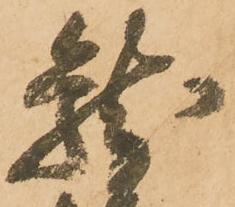
龍